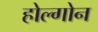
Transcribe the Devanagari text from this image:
होल्गोन